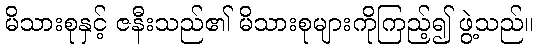
မိသားစုနှင့် ဇနီးသည်၏ မိသားစုများကိုကြည့်၍ ဖွဲ့သည်။